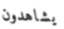
يشاهدون